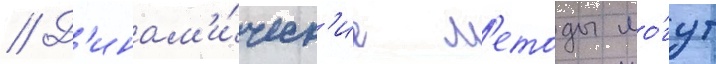
// Д'инам'и́ческ'ие м'етоды мо́гут